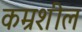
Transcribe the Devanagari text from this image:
कम्रशील